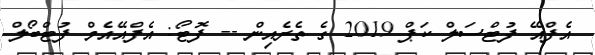
އެފްއޭ ފުޓްސަލް ކަޕް 2019 ގެ ތެރެއިން -- ފޮޓޯ: އެފްއޭއެމް ފުޓްބޯލް